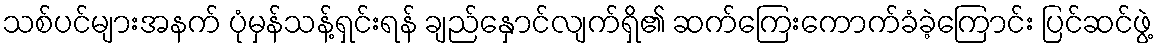
သစ်ပင်များအနက် ပုံမှန်သန့်ရှင်းရန် ချည်နှောင်လျက်ရှိ၏ ဆက်ကြေးကောက်ခံခဲ့ကြောင်း ပြင်ဆင်ဖွဲ့